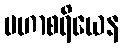
မဟာစရိယေန